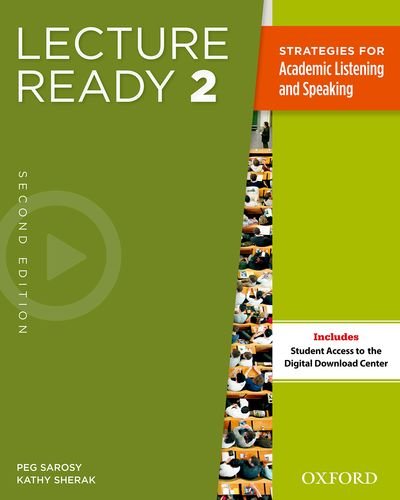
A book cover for Lecture Ready Student Book 2, Second Edition; Peg Sarosy; Science & Math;